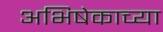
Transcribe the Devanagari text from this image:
अभिषेकाच्या